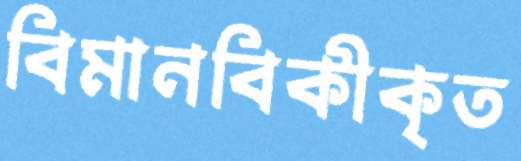
বিমানবিকীকৃত